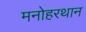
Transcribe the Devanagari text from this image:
मनोहरथान